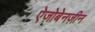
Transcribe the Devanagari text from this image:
ऐज़ोबेनज़ीन